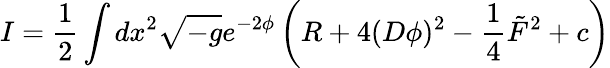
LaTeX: I=\frac{1}{2}\int dx^{2}\sqrt{-g}e^{-2\phi}\left(R+4(D\phi)^{2}-\frac{1}{4}\tilde{F}^{2}+c\right)